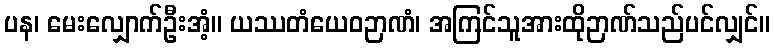
ပန၊ မေးလျှောက်ဦးအံ့။ ယဿတံယေဝဉာဏံ၊ အကြင်သူအားထိုဉာဏ်သည်ပင်လျှင်။